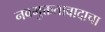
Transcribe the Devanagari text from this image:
नवमुक्ततावादाचा